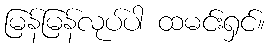
မြန်မြန်လုပ်ပါ ထမင်းရှင်။